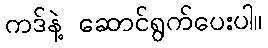
ကဒ်နဲ့ ဆောင်ရွက်ပေးပါ။